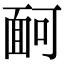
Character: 𩈔